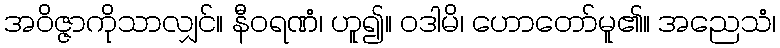
အဝိဇ္ဇာကိုသာလျှင်။ နီဝရဏံ၊ ဟူ၍။ ဝဒါမိ၊ ဟောတော်မူ၏။ အညေသံ၊